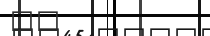
٢٣